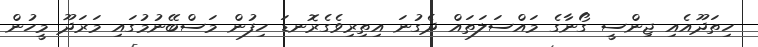
ހިތަދޫއެއި ޖިންސީ ގޯނާގެ މައްސަލަތައް ދެގުނަ އިތިރިވެގެރޮނޑަ ހިފުން މަސްބޭނުމުގައި މަރަދޫ މީހުން